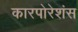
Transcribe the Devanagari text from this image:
कारपोरेशंस